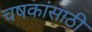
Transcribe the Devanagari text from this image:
चषकांसाठी